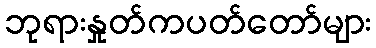
ဘုရားနှုတ်ကပတ်တော်များ